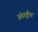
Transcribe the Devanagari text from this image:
अंतरष्ट्रीय